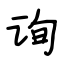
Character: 询